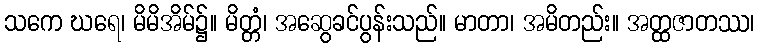
သကေ ဃရေ၊ မိမိအိမ်၌။ မိတ္တံ၊ အဆွေခင်ပွန်းသည်။ မာတာ၊ အမိတည်း။ အတ္ထဇာတဿ၊